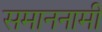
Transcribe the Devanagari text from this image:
समाननामी